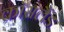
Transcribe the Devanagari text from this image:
क्रॉसलैंड